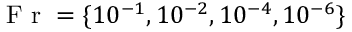
\textnormal { F r } = \{ 1 0 ^ { - 1 } , 1 0 ^ { - 2 } , 1 0 ^ { - 4 } , 1 0 ^ { - 6 } \}